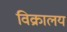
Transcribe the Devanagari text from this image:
विक्रालय